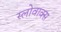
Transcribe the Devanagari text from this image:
स्लोवाक्स